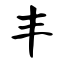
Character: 丰